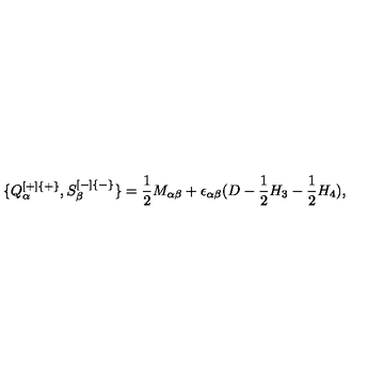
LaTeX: \{ Q _ { \alpha } ^ { [ + ] \{ + \} } , S _ { \beta } ^ { [ - ] \{ - \} } \} = { \frac { 1 } { 2 } } M _ { \alpha \beta } + \epsilon _ { \alpha \beta } ( D - { \frac { 1 } { 2 } } H _ { 3 } - { \frac { 1 } { 2 } } H _ { 4 } ) ,